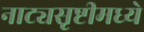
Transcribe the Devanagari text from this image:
नाट्यसृष्टीमध्ये